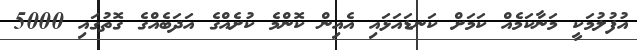
އުފުލުމަކީ މަނާކަމެއް ކަމަށް ކަނޑައަޅައި އެއިން ކޮންމެ ކުށެއްގެ އަދަބެއްގެ ގޮތުގައި 5000